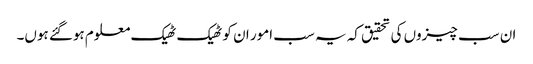
ان سب چیزوں کی تحقیق کہ یہ سب امور ان کو ٹھیک ٹھیک معلوم ہوگئے ہوں۔